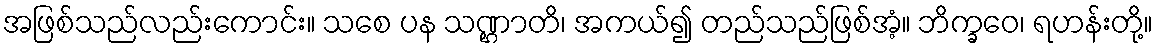
အဖြစ်သည်လည်းကောင်း။ သစေ ပန သဏ္ဌာတိ၊ အကယ်၍ တည်သည်ဖြစ်အံ့။ ဘိက္ခဝေ၊ ရဟန်းတို့။